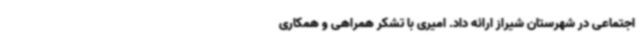
اجتماعی در شهرستان شیراز ارائه داد. امیری با تشکر همراهی و همکاری